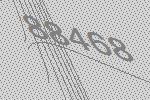
88468